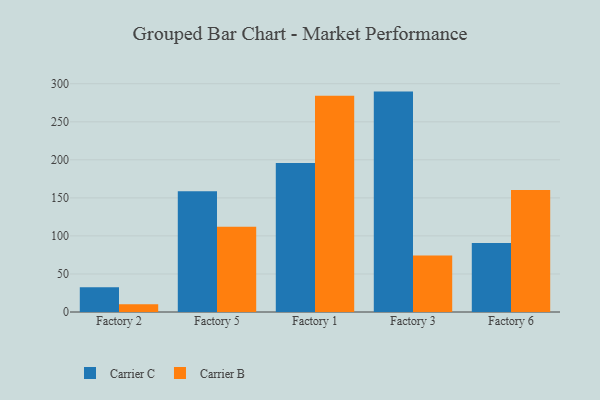
{"axis": {"x": "Factory", "y": "Bounce Rate (%)"}, "legend": ["Carrier B", "Carrier C"], "data": [{"x": "Factory 2", "y": 32.6, "type": "Carrier C"}, {"x": "Factory 2", "y": 10.2, "type": "Carrier B"}, {"x": "Factory 5", "y": 158.7, "type": "Carrier C"}, {"x": "Factory 5", "y": 112.2, "type": "Carrier B"}, {"x": "Factory 1", "y": 195.7, "type": "Carrier C"}, {"x": "Factory 1", "y": 284.3, "type": "Carrier B"}, {"x": "Factory 3", "y": 289.7, "type": "Carrier C"}, {"x": "Factory 3", "y": 74.3, "type": "Carrier B"}, {"x": "Factory 6", "y": 90.6, "type": "Carrier C"}, {"x": "Factory 6", "y": 160.4, "type": "Carrier B"}]}